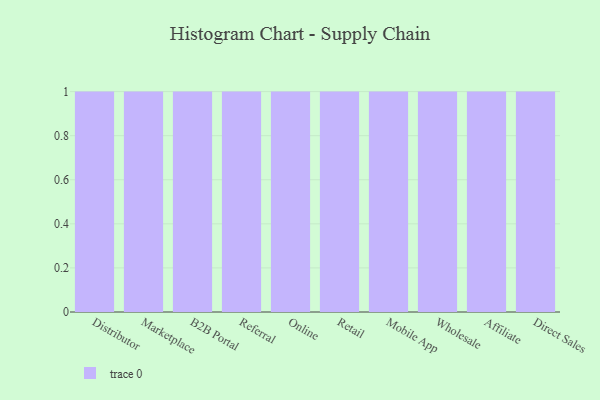
{"axis": {"x": "Channel", "y": "Net Income (USD K)"}, "legend": [""], "data": [{"x": "Distributor", "y": 69, "type": ""}, {"x": "Marketplace", "y": 52, "type": ""}, {"x": "B2B Portal", "y": 90, "type": ""}, {"x": "Referral", "y": 61, "type": ""}, {"x": "Online", "y": 95, "type": ""}, {"x": "Retail", "y": 100, "type": ""}, {"x": "Mobile App", "y": 90, "type": ""}, {"x": "Wholesale", "y": 97, "type": ""}, {"x": "Affiliate", "y": 41, "type": ""}, {"x": "Direct Sales", "y": 41, "type": ""}]}